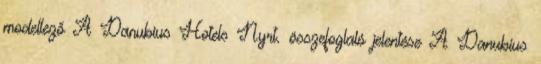
modellező A Danubius Hotels Nyrt. összefoglaló jelentése A Danubius